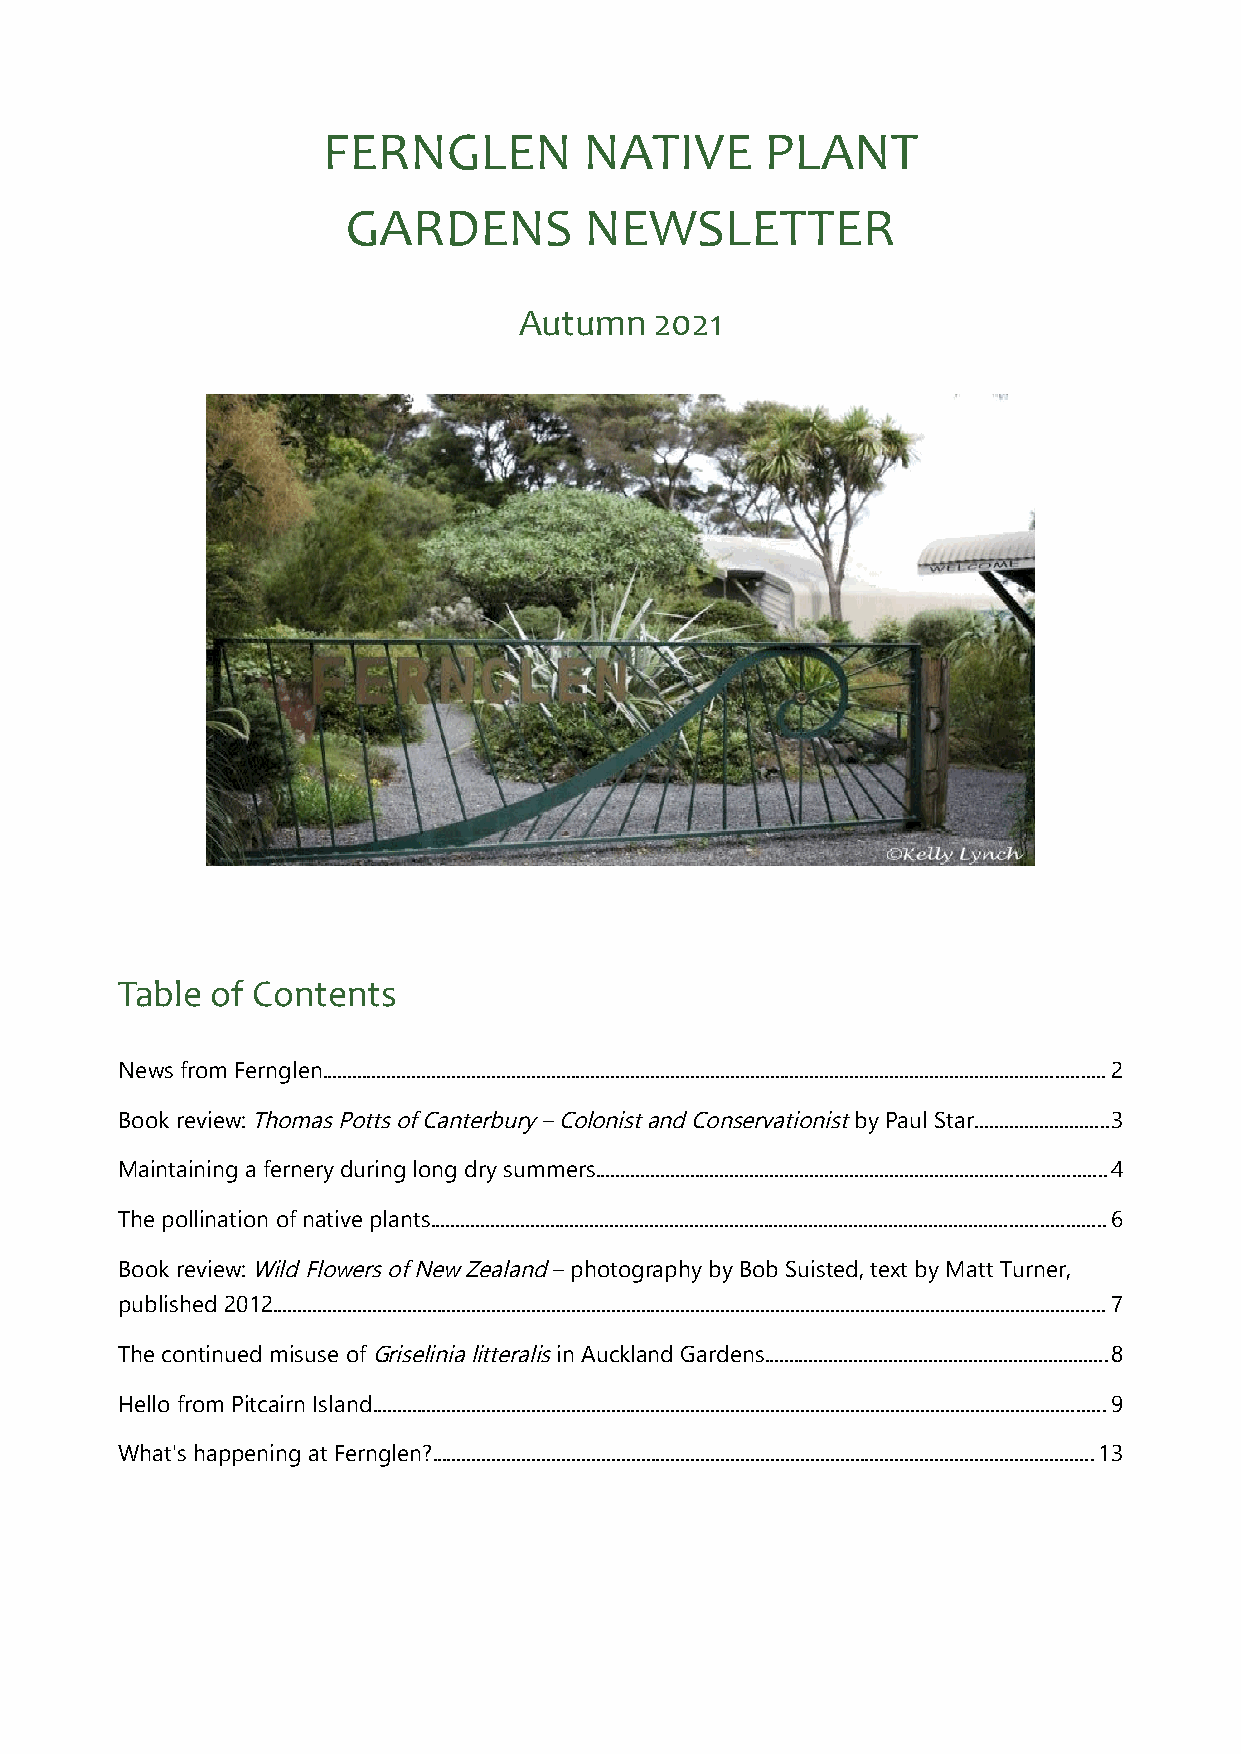
FERNGLEN          NATIVE      PLANT
 GARDENS         NEWSLETTER
 Autumn   2021
 Table of Contents
 News from Fernglen.............................................................................................................................................................2
 Book review: Thomas Potts of Canterbury – Colonist and Conservationist by Paul Star...........................3
 Maintaining a fernery during long dry summers......................................................................................................4
 The pollination of native plants.......................................................................................................................................6
 Book review: Wild Flowers of New Zealand – photography by Bob Suisted, text by Matt Turner,
 published 2012.......................................................................................................................................................................7
 The continued misuse of Griselinia litteralis in Auckland Gardens.....................................................................8
 Hello from Pitcairn Island...................................................................................................................................................9
 What's happening at Fernglen?.....................................................................................................................................13